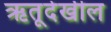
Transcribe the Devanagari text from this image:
ऋतूदेखील